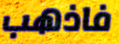
فاذهب